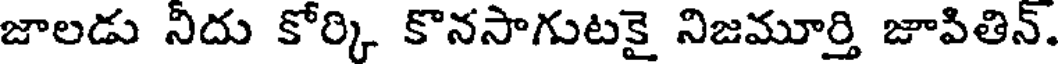
జాలడు నీదు కోర్కి కొనసాగుటకై నిజమూర్తి జాపితిన్.